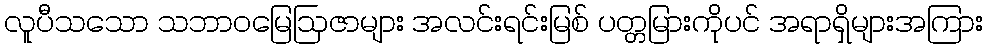
လူပီသသော သဘာဝမြေဩဇာများ အလင်းရင်းမြစ် ပတ္တမြားကိုပင် အရာရှိများအကြား